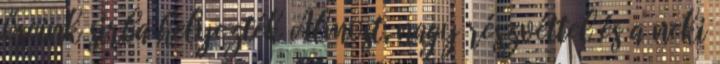
őseink sírba helyezték Álmost, nagy részvéttel és a neki